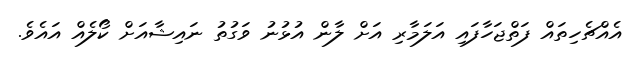
އެއްޗެހިތައް ފަތްޖަހާފައި އަލަމާރި އަށް ލާން އުޅުނު ވަގުތު ނައިޝާއަށް ކޯލެއް އައެވެ.